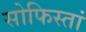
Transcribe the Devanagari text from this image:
सोफिस्तां